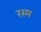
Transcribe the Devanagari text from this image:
रस्‍म